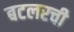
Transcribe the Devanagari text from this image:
बटलरची